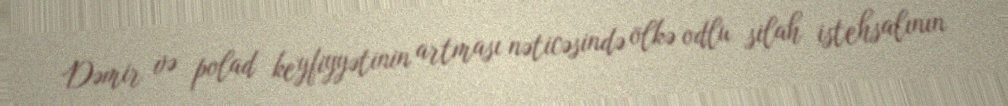
Dəmir və polad keyfiyyətinin artması nəticəsində ölkə odlu silah istehsalının